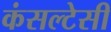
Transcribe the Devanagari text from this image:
कंसल्टेसी